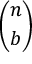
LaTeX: \binom { n } { b }